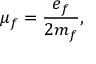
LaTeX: \mu _ { f } = \frac { e _ { f } } { 2 m _ { f } } ,